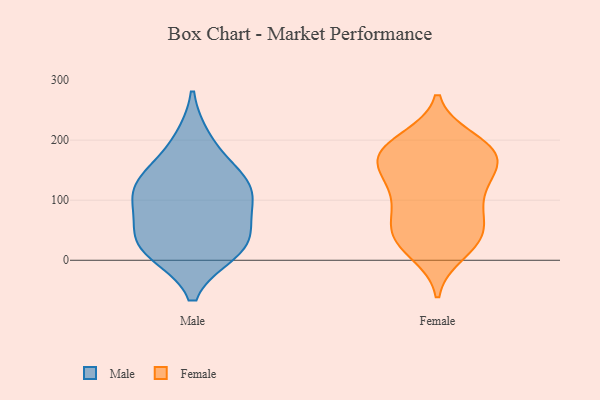
{"axis": {"x": "Temperature (°C)", "y": "Value"}, "legend": ["Female", "Male"], "data": [{"x": "", "y": 22, "type": "Male"}, {"x": "", "y": 199, "type": "Male"}, {"x": "", "y": 135, "type": "Male"}, {"x": "", "y": 27, "type": "Male"}, {"x": "", "y": 15, "type": "Male"}, {"x": "", "y": 107, "type": "Male"}, {"x": "", "y": 138, "type": "Male"}, {"x": "", "y": 83, "type": "Male"}, {"x": "", "y": 114, "type": "Male"}, {"x": "", "y": 41, "type": "Male"}, {"x": "", "y": 54, "type": "Female"}, {"x": "", "y": 43, "type": "Female"}, {"x": "", "y": 92, "type": "Female"}, {"x": "", "y": 200, "type": "Female"}, {"x": "", "y": 181, "type": "Female"}, {"x": "", "y": 51, "type": "Female"}, {"x": "", "y": 35, "type": "Female"}, {"x": "", "y": 166, "type": "Female"}, {"x": "", "y": 189, "type": "Female"}, {"x": "", "y": 13, "type": "Female"}, {"x": "", "y": 26, "type": "Female"}, {"x": "", "y": 144, "type": "Female"}, {"x": "", "y": 133, "type": "Female"}, {"x": "", "y": 102, "type": "Female"}, {"x": "", "y": 92, "type": "Female"}, {"x": "", "y": 169, "type": "Female"}, {"x": "", "y": 143, "type": "Female"}, {"x": "", "y": 183, "type": "Female"}, {"x": "", "y": 183, "type": "Female"}]}